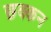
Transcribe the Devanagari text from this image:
छक्कन